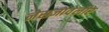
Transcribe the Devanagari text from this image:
नेसजावेलीर